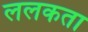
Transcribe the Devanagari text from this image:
ललकता